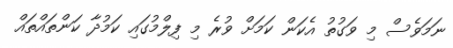
ނަމަވެސް މި ވަގުތު އެކަން ކަމަށް ވުރެ މި ފިލްމުގައި ކަމުދާ ކަންތައްތައް